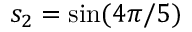
s _ { 2 } = \sin ( 4 \pi / 5 )